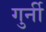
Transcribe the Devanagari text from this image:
गुर्नी